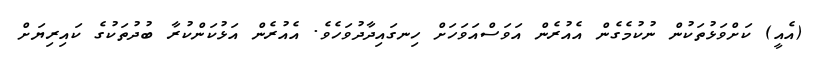
(އެއީ) ކަށްވަޅުތަކުން ނުކުމެގެން އެއުރެން އަވަސްއަވަހަށް ހިނގައިދާދުވަހެވެ. އެއުރެން އަޅުކަންކުރާ ބުދުތަކުގެ ކައިރިޔަށް